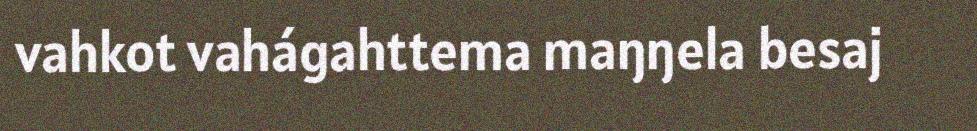
vahkot vahágahttema maŋŋela besaj